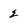
Character: 2